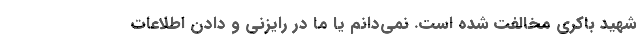
شهید باکری مخالفت شده است. نمی‌دانم یا ما در رایزنی و دادن اطلاعات